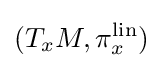
(T_{x}M,\pi _{x}^{\rm {lin}})